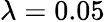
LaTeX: \lambda=0.05